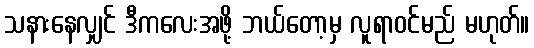
သနားနေလျှင် ဒီကလေးအဖို့ ဘယ်တော့မှ လူရာဝင်မည် မဟုတ်။